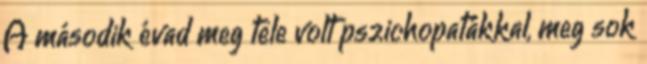
A második évad meg tele volt pszichopatákkal, meg sok